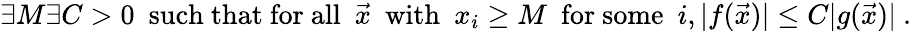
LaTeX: \exists M\exists C>0~{\mathrm{~such~that~for~all~}}~{\vec{x}}~{\mathrm{~with~}}~x_{i}\geq M~{\mathrm{~for~some~}}~i,|f({\vec{x}})|\leq C|g({\vec{x}})|~.